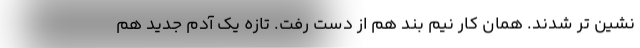
نشین تر شدند. همان کار نیم بند هم از دست رفت. تازه یک آدم جدید هم